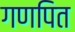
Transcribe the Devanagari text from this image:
गणपित